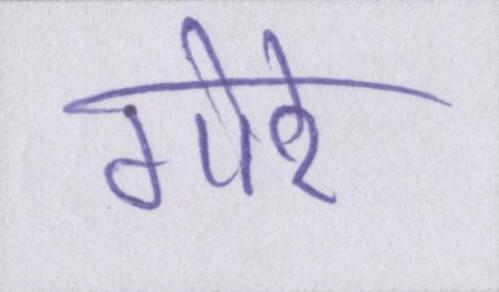
गोरे